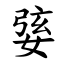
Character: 婱